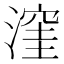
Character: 漥